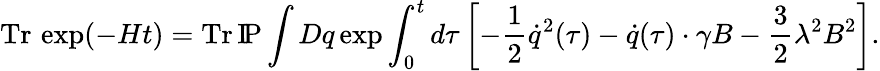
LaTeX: \mathrm{Tr}\, \exp(-Ht)=\mathrm{Tr}\, \mathrm{I\! P}\int Dq\exp\int_{0}^{t}d\tau\left[-\frac 12\dot{q}^{2}(\tau)-\dot{q}(\tau)\cdot\gamma B-\frac 32\lambda^{2}B^{2}\right].